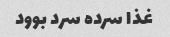
غذا سرده سرد بوود